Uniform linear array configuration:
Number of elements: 64
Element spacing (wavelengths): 0.75
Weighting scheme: blackman
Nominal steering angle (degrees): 0
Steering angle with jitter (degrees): -0.2362
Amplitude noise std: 0.05
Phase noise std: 0.05

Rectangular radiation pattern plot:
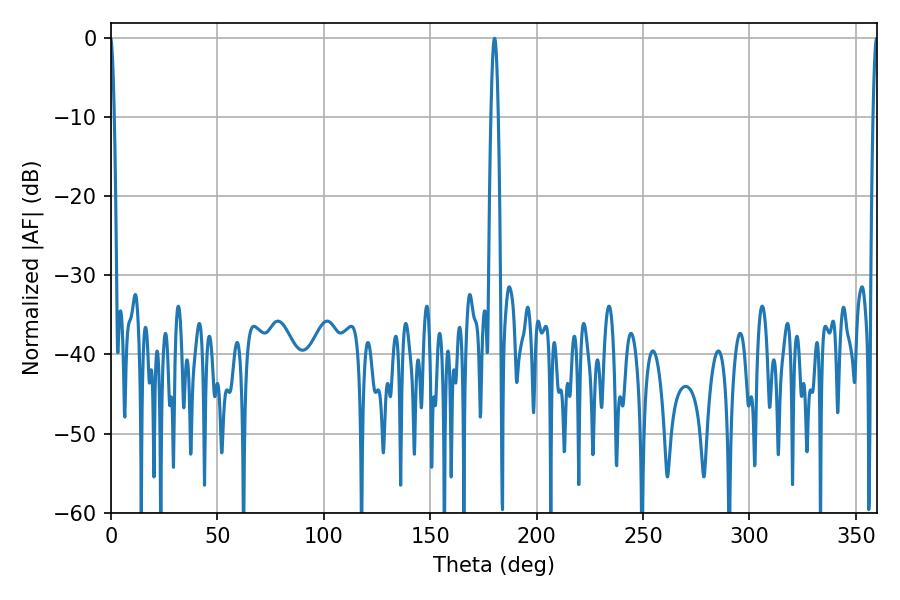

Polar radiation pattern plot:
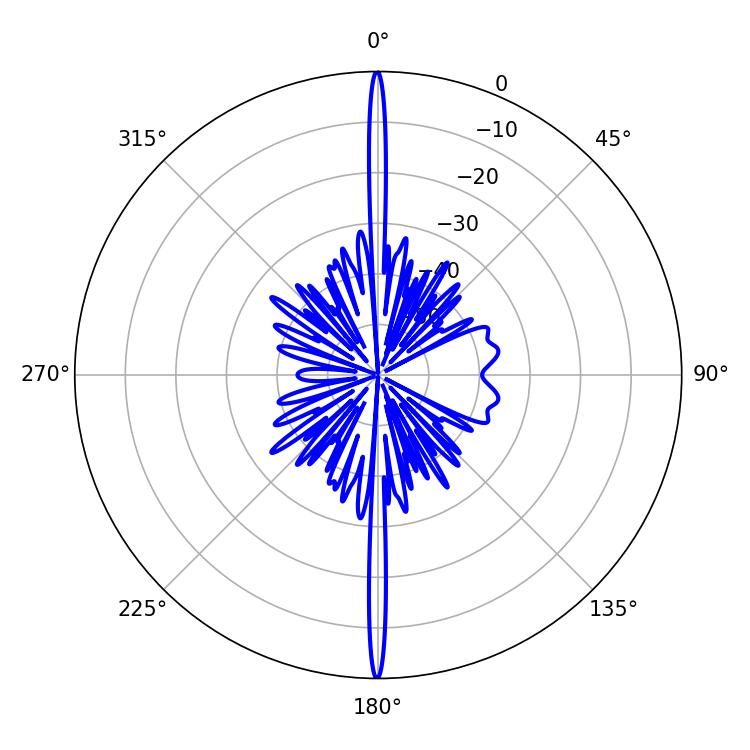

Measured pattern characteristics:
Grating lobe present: TRUE
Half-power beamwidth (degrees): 1.8
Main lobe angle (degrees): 180.18